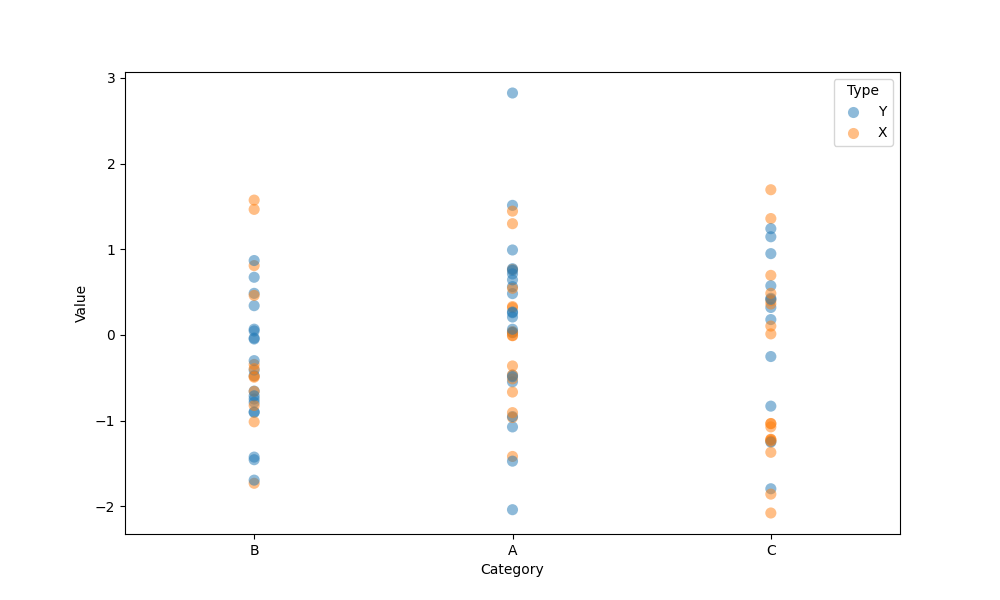
python, seaborn, stripplot, jitter=False, dodge=False, alpha=0.5, size=8